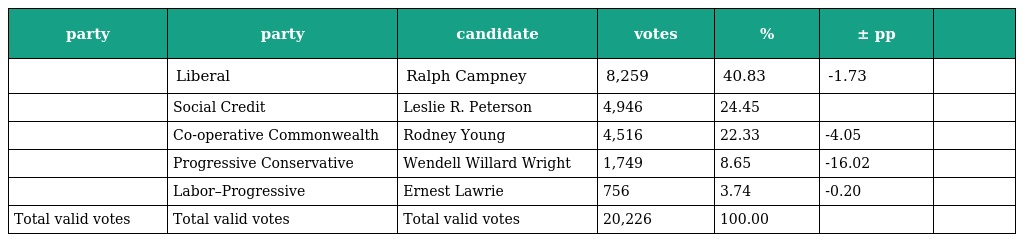
| party | party | candidate | votes | % | ± pp |  |
 | --- | --- | --- | --- | --- | --- | --- |
 |  | Liberal | Ralph Campney | 8,259 | 40.83 | -1.73 |  |
 |  | Social Credit | Leslie R. Peterson | 4,946 | 24.45 |  |  |
 |  | Co-operative Commonwealth | Rodney Young | 4,516 | 22.33 | -4.05 |  |
 |  | Progressive Conservative | Wendell Willard Wright | 1,749 | 8.65 | -16.02 |  |
 |  | Labor–Progressive | Ernest Lawrie | 756 | 3.74 | -0.20 |  |
 | Total valid votes | Total valid votes | Total valid votes | 20,226 | 100.00 |  |  |